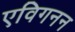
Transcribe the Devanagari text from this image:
एविगनन